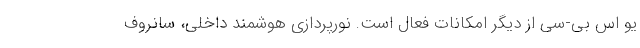
یو اس بی-سی از دیگر امکانات فعال است. نورپردازی هوشمند داخلی، سانروف